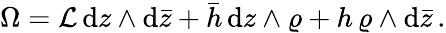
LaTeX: \Omega={\cal L}\, \mathrm{d}z\wedge\mathrm{d}\bar{z}+\bar{h}\, \mathrm{d}z\wedge\varrho+h\, \varrho\wedge\mathrm{d}\bar{z}\, .